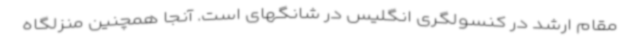
مقام ارشد در کنسولگری انگلیس در شانگهای است. آنجا همچنین منزلگاه